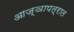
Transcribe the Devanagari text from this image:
आज्ञापत्रात